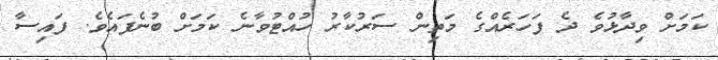
ކަމަށް ވިދާޅުވެ ދެ ފަހަރެއްގެ މަތިން ސަރުކާރު ހުއްޓުވާނެ ކަމަށް ބުނެފައެވެ. ފައިސާ